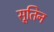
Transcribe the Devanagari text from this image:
सूतिन